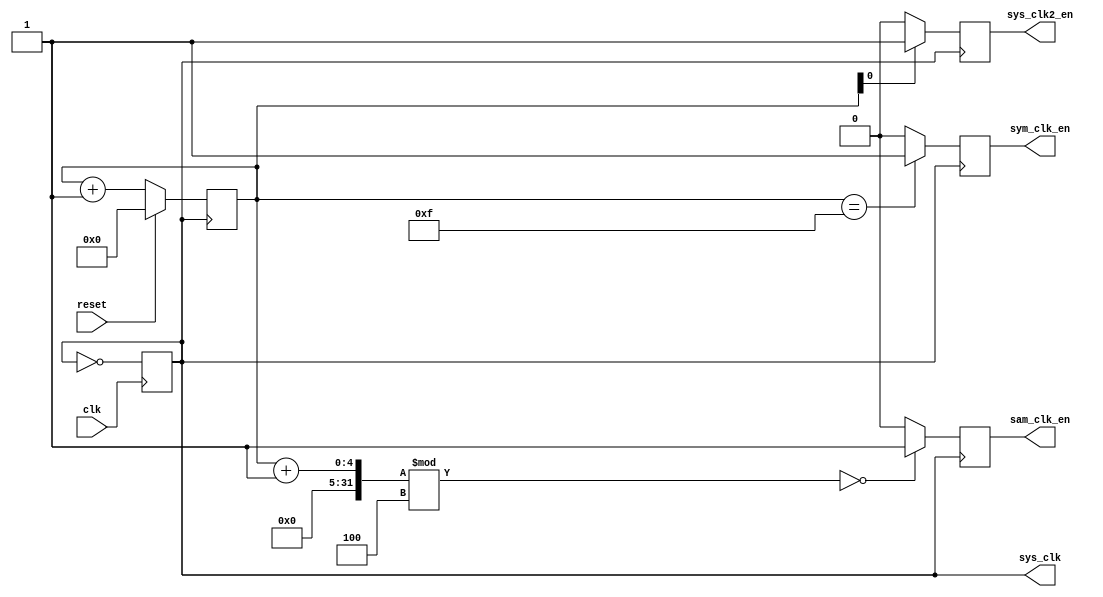
module clk_en (
    input clk, reset,
    output reg sys_clk, sam_clk_en, sym_clk_en, sys_clk2_en
    );

(* noprune *) reg [3:0] cnt;

//Needs to be uncommented for Time & Func sim
initial begin
    sys_clk = 1'b0;
    sam_clk_en = 1'b0;
    sym_clk_en = 1'b0;
    sys_clk2_en = 1'b0;
    cnt = 4'b0;
end

always @ (posedge clk)
    sys_clk <= ~sys_clk;

always @ (posedge sys_clk)
    if (cnt[0]==1'd1)
        sys_clk2_en <= 1'd1;
    else
        sys_clk2_en <= 1'd0;

always @ (posedge sys_clk)
    if(reset) cnt <= 4'b0;
    else cnt <= cnt + 4'b1;

always @ (posedge sys_clk)
    //account for delay; checks for logic and performs op on next posedge
    if ( (cnt+1)%4 == 0 )
        sam_clk_en <= 1'b1;
    else
        sam_clk_en <= 1'b0;
        
always @ (posedge sys_clk)
    if ( cnt == 4'd15 )
        sym_clk_en <= 1'b1;
    else
        sym_clk_en <= 1'b0;

endmodule